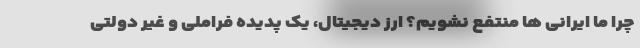
چرا ما ایرانی ها منتفع نشویم؟ ارز دیجیتال، یک پدیده فراملی و غیر دولتی